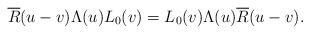
\begin{align*}\overline R(u-v) \Lambda(u)L_0(v)=L_0(v)\Lambda(u)\overline R(u-v).\end{align*}